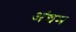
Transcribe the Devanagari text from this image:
अंचम